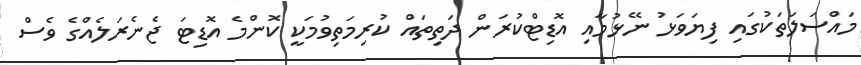
މައްސަލަތަކުގައި ފިޔަވަޅު ނޭޅުމާއި އޮޑިޓްކުރަން ދަތިތައް ކުރިމަތިވުމަކީ ކޮންމެ އޮޑިޓަ ޖެނެރަލެއްގެ ވެސް